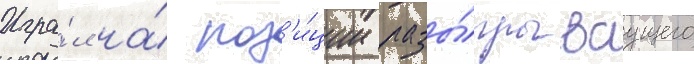
Игра́л на́ поз'и́ции разы́грываущего